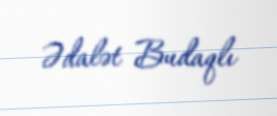
Ədalət Budaqlı